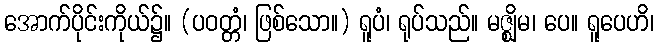
အောက်ပိုင်းကိုယ်၌။ (ပဝတ္တံ၊ ဖြစ်သော။) ရူပံ၊ ရုပ်သည်။ မဇ္ဈိမ၊ ပေ။ ရူပေဟိ၊